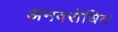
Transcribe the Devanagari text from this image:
अनवरोधित